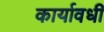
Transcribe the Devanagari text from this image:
कार्यावधी